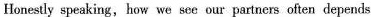
Honestly speaking, how we see our partners often depends